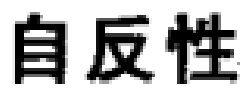
自反性